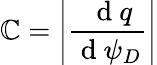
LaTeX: \mathbb{C}=\left|\frac{{\ \mathrm{{~d~}}q}}{{\mathrm{{~d~}}\psi_{D}}}\right|